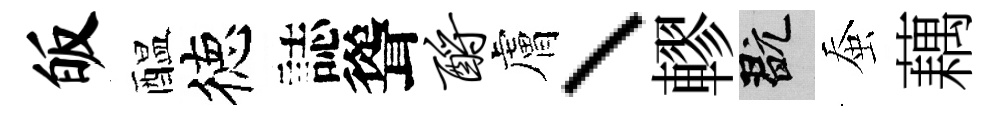
皈醖徳誌聳酹膚、轇玩蚕藕